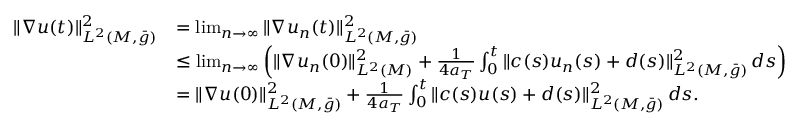
\begin{array} { r l } { \| \nabla u ( t ) \| _ { L ^ { 2 } ( M , \bar { g } ) } ^ { 2 } } & { = \operatorname* { l i m } _ { n \to \infty } \| \nabla u _ { n } ( t ) \| _ { L ^ { 2 } ( M , \bar { g } ) } ^ { 2 } } \\ & { \le \operatorname* { l i m } _ { n \to \infty } \left( \| \nabla u _ { n } ( 0 ) \| _ { L ^ { 2 } ( M ) } ^ { 2 } + \frac { 1 } { 4 a _ { T } } \int _ { 0 } ^ { t } \| c ( s ) u _ { n } ( s ) + d ( s ) \| _ { L ^ { 2 } ( M , \bar { g } ) } ^ { 2 } \, d s \right) } \\ & { = \| \nabla u ( 0 ) \| _ { L ^ { 2 } ( M , \bar { g } ) } ^ { 2 } + \frac { 1 } { 4 a _ { T } } \int _ { 0 } ^ { t } \| c ( s ) u ( s ) + d ( s ) \| _ { L ^ { 2 } ( M , \bar { g } ) } ^ { 2 } \, d s . } \end{array}